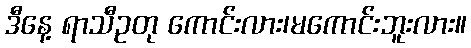
ဒီနေ့ ရာသီဥတု ကောင်းလား၊မကောင်းဘူးလား။